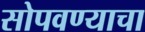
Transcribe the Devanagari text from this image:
सोपवण्याचा